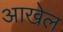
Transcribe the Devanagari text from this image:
आखेल